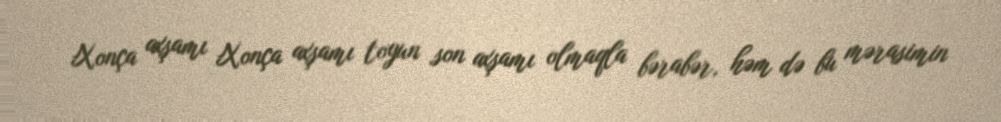
Xonça axşamı Xonça axşamı toyun son axşamı olmaqla bərabər, həm də bu mərasimin